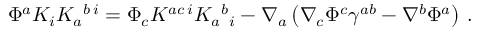
\Phi ^ { a } K _ { i } K _ { a } { } ^ { b \, i } = \Phi _ { c } K ^ { a c \, i } K _ { a } { } ^ { b } { } _ { i } - \nabla _ { a } \left( \nabla _ { c } \Phi ^ { c } \gamma ^ { a b } - \nabla ^ { b } \Phi ^ { a } \right) \, .